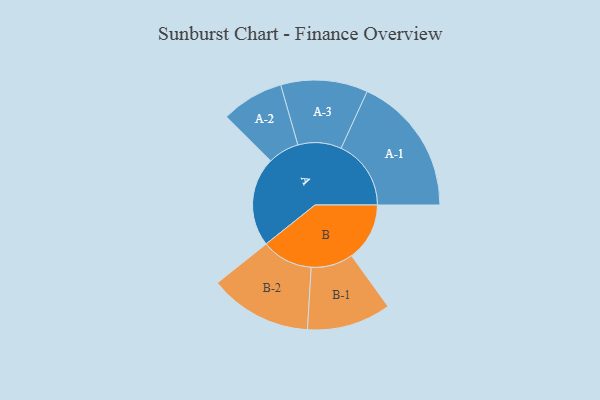
{"axis": {"x": "Segment", "y": "Value"}, "legend": ["", "A", "B"], "data": [{"x": "A", "y": 374, "type": ""}, {"x": "B", "y": 243, "type": ""}, {"x": "A-1", "y": 293, "type": "A"}, {"x": "A-2", "y": 131, "type": "A"}, {"x": "A-3", "y": 182, "type": "A"}, {"x": "B-1", "y": 176, "type": "B"}, {"x": "B-2", "y": 215, "type": "B"}]}